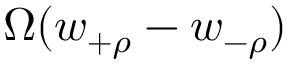
\Omega ( w _ { + \rho } - w _ { - \rho } )